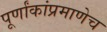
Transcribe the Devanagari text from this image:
पूर्णांकांप्रमाणेच